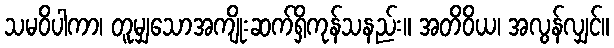
သမဝိပါကာ၊ တူမျှသောအကျိုးဆက်ရှိကုန်သနည်း။ အတိဝိယ၊ အလွန်လျှင်။